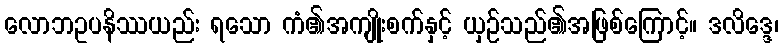
လောဘဥပနိဿယည်း ရသော ကံ၏အကျိုးစက်နှင့် ယှဉ်သည်၏အဖြစ်ကြောင့်။ ဒလိဒ္ဒေ၊